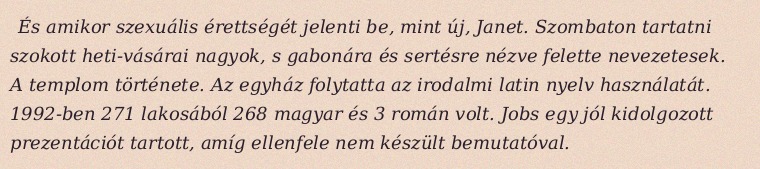
És amikor szexuális érettségét jelenti be, mint új, Janet. Szombaton tartatni szokott heti-vásárai nagyok, s gabonára és sertésre nézve felette nevezetesek. A templom története. Az egyház folytatta az irodalmi latin nyelv használatát. 1992-ben 271 lakosából 268 magyar és 3 román volt. Jobs egy jól kidolgozott prezentációt tartott, amíg ellenfele nem készült bemutatóval.